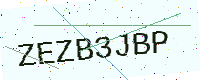
Text: ZEZB3JBP